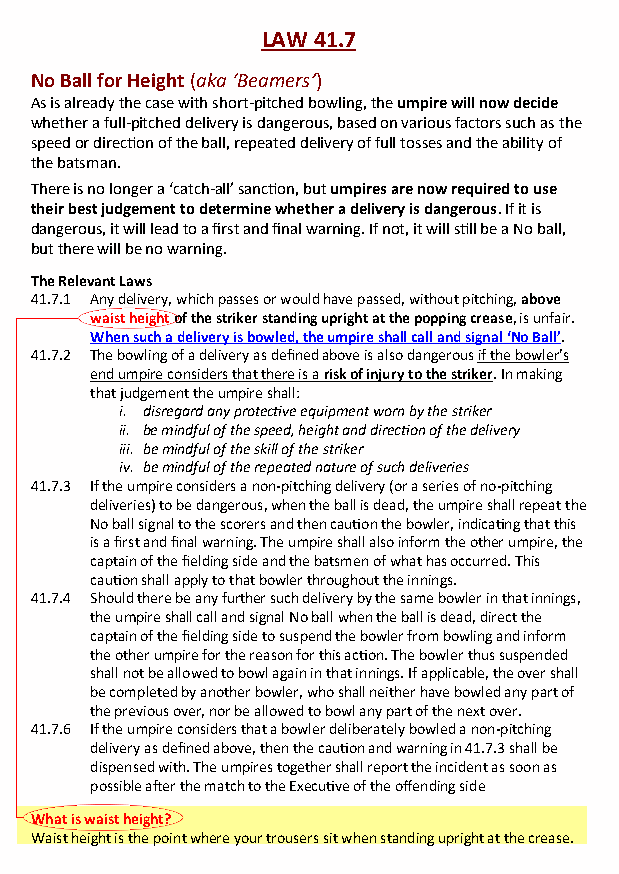
LAW 41.7
 No Ball for Height (aka ‘Beamers’)
 As is already the case with short-pitched bowling, the umpire will now decide
 whether a full-pitched delivery is dangerous, based on various factors such as the
 speed or direction of the ball, repeated delivery of full tosses and the ability of
 the batsman.
 There is no longer a ‘catch-all’ sanction, but umpires are now required to use
 their best judgement to determine whether a delivery is dangerous. If it is
 dangerous, it will lead to a first and final warning. If not, it will still be a No ball,
 but there will be no warning.
 The Relevant Laws
 41.7.1 Any delivery, which passes or would have passed, without pitching, above
 waist height of the striker standing upright at the popping crease, is unfair.
 When such a delivery is bowled, the umpire shall call and signal ‘No Ball’.
 41.7.2 The bowling of a delivery as defined above is also dangerous if the bowler’s
 end umpire considers that there is a risk of injury to the striker. In making
 that judgement the umpire shall:
 i. disregard any protective equipment worn by the striker
 ii. be mindful of the speed, height and direction of the delivery
 iii. be mindful of the skill of the striker
 iv. be mindful of the repeated nature of such deliveries
 41.7.3 If the umpire considers a non-pitching delivery (or a series of no-pitching
 deliveries) to be dangerous, when the ball is dead, the umpire shall repeat the
 No ball signal to the scorers and then caution the bowler, indicating that this
 is a first and final warning. The umpire shall also inform the other umpire, the
 captain of the fielding side and the batsmen of what has occurred. This
 caution shall apply to that bowler throughout the innings.
 41.7.4 Should there be any further such delivery by the same bowler in that innings,
 the umpire shall call and signal No ball when the ball is dead, direct the
 captain of the fielding side to suspend the bowler from bowling and inform
 the other umpire for the reason for this action. The bowler thus suspended
 shall not be allowed to bowl again in that innings. If applicable, the over shall
 be completed by another bowler, who shall neither have bowled any part of
 the previous over, nor be allowed to bowl any part of the next over.
 41.7.6 If the umpire considers that a bowler deliberately bowled a non-pitching
 delivery as defined above, then the caution and warning in 41.7.3 shall be
 dispensed with. The umpires together shall report the incident as soon as
 possible after the match to the Executive of the offending side
 What is waist height?
 Waist height is the point where your trousers sit when standing upright at the crease.